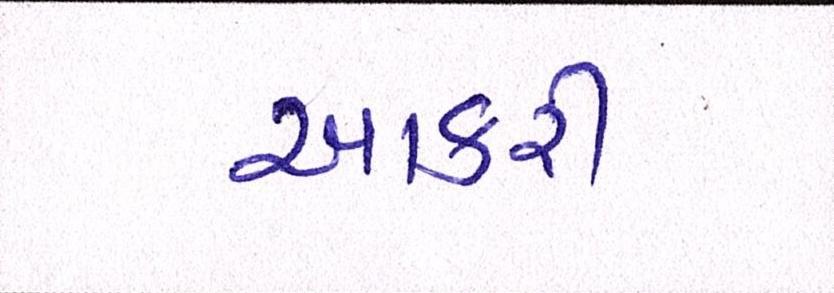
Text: આકરી